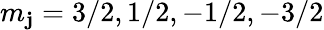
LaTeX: m_{\mathbf{j}}=3/2,1/2,-1/2,-3/2